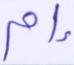
إم